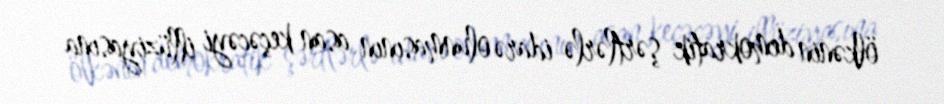
ölkənin demokratik şərtlərlə idarə olunmasının asan keçəcəyi illüziyasına